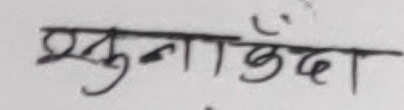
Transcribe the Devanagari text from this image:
प्रकुणाछँदा